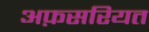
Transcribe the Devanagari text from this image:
अफ़सरियत